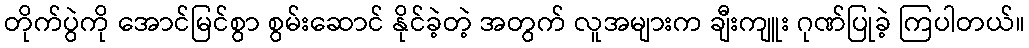
တိုက်ပွဲကို အောင်မြင်စွာ စွမ်းဆောင် နိုင်ခဲ့တဲ့ အတွက် လူအများက ချီးကျူး ဂုဏ်ပြုခဲ့ ကြပါတယ်။